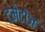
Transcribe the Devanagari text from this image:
टमेटोज